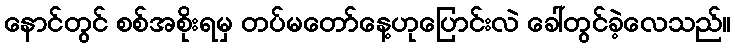
နောင်တွင် စစ်အစိုးရမှ တပ်မတော်နေ့ဟုပြောင်းလဲ ခေါ်တွင်ခဲ့လေသည်။